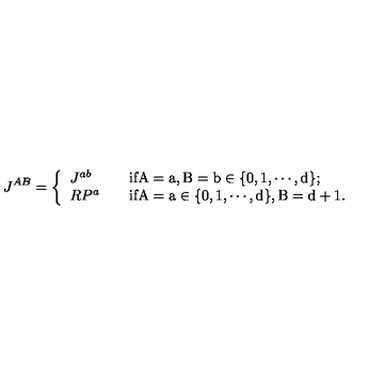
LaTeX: J ^ { A B } = \left\{ \begin{array} { l l } { J ^ { a b } } & { \mathrm { i f A = a , B = b \in \{ 0 , 1 , \cdots , d \} ; } } \\ { R P ^ { a } \quad } & { \mathrm { i f A = a \in \{ 0 , 1 , \cdots , d \} , B = d + 1 . } } \\ \end{array} \right.